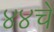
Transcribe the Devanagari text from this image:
४४चे